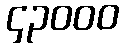
၄၃၀၀၀